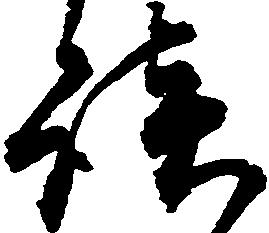
談